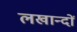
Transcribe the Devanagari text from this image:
लखान्दों